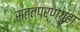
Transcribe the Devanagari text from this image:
सत्तपर्णगुहा